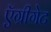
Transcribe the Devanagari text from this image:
ऍग्रीगेट